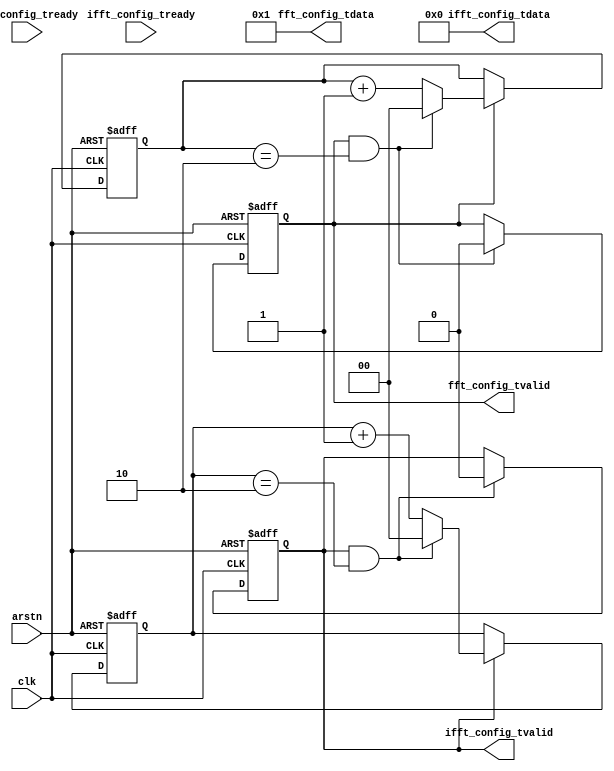

module config_fft(
    input wire clk,
    input wire arstn,

    output wire [15:0] fft_config_tdata,
    input  wire fft_config_tready,
    output reg fft_config_tvalid,
    output wire [15:0] ifft_config_tdata,
    input  wire ifft_config_tready,
    output reg ifft_config_tvalid
);

assign fft_config_tdata  = 16'b0000_0000_0000_0001;
assign ifft_config_tdata = 16'b0000_0000_0000_0000;

reg [2-1:0] fft_valid_cnt;
wire add_fft_valid_cnt;
wire end_fft_valid_cnt;
always @(posedge clk or negedge arstn)begin
    if(!arstn)begin
        fft_valid_cnt <= 0;
    end
    else if(add_fft_valid_cnt)begin
        if(end_fft_valid_cnt)
            fft_valid_cnt <= 0;
        else
            fft_valid_cnt <= fft_valid_cnt + 1;
    end
end
assign add_fft_valid_cnt = fft_config_tvalid;       
assign end_fft_valid_cnt = add_fft_valid_cnt && fft_valid_cnt== 3-1;

reg [2-1:0] ifft_valid_cnt;
wire add_ifft_valid_cnt;
wire end_ifft_valid_cnt;
always @(posedge clk or negedge arstn)begin
    if(!arstn)begin
        ifft_valid_cnt <= 0;
    end
    else if(add_ifft_valid_cnt)begin
        if(end_ifft_valid_cnt)
            ifft_valid_cnt <= 0;
        else
            ifft_valid_cnt <= ifft_valid_cnt + 1;
    end
end
assign add_ifft_valid_cnt = ifft_config_tvalid;       
assign end_ifft_valid_cnt = add_ifft_valid_cnt && ifft_valid_cnt== 3-1;

always @(posedge clk or negedge arstn)begin
    if(!arstn)begin
        fft_config_tvalid <= 1'b1;
    end
    else if(end_fft_valid_cnt) begin
        fft_config_tvalid <= 1'b0;
    end
end
always @(posedge clk or negedge arstn)begin
    if(!arstn)begin
        ifft_config_tvalid <= 1'b1;
    end
    else if(end_ifft_valid_cnt) begin
        ifft_config_tvalid <= 1'b0;
    end
end


endmodule